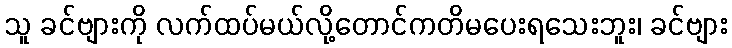
သူ ခင်ဗျားကို လက်ထပ်မယ်လို့တောင်ကတိမပေးရသေးဘူး၊ ခင်ဗျား